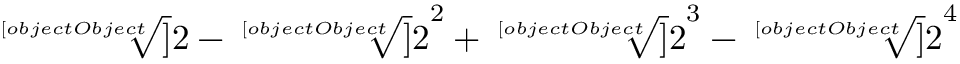
{ \sqrt [ [object Object] ] { 2 } } - { \sqrt [ [object Object] ] { 2 } } ^ { 2 } + { \sqrt [ [object Object] ] { 2 } } ^ { 3 } - { \sqrt [ [object Object] ] { 2 } } ^ { 4 }